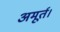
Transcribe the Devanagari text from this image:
अमूर्त।